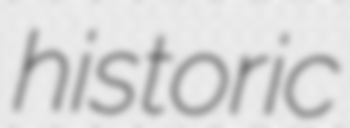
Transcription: historic